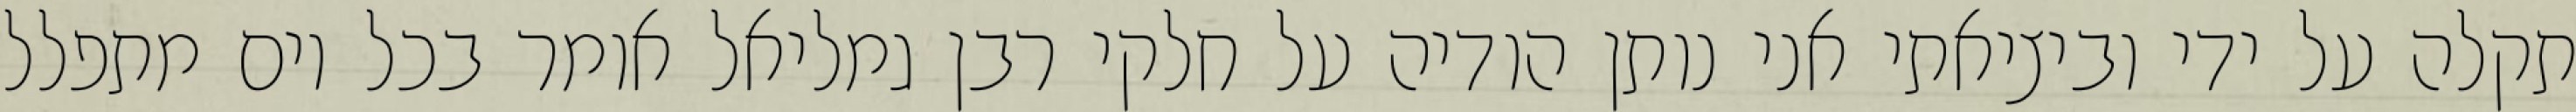
תקלה על ידי וביציאתי אני נותן הודיה על חלקי רבן גמליאל אומר בכל יום מתפלל